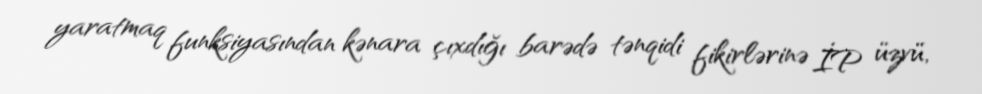
yaratmaq funksiyasından kənara çıxdığı barədə tənqidi fikirlərinə İP üzvü,